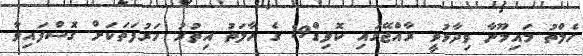
ހެލްތު މައިމޫނާ ވިދާޅުވީ ރާއްޖޭގައި ކޮވިޑް19 ގެ ހާލަތު އިތުރު ހަރުފަތަކަށް ގޮސްފައިވާ